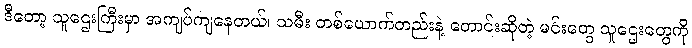
ဒီတော့ သူဌေးကြီးမှာ အကျပ်ကျနေတယ်၊ သမီး တစ်ယောက်တည်းနဲ့ တောင်းဆိုတဲ့ မင်းတွေ သူဌေးတွေကို